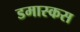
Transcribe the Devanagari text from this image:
डमास्कस